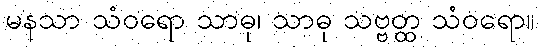
မနသာ သံဝရော သာဓု၊ သာဓု သဗ္ဗတ္ထ သံဝရော။